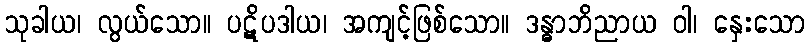
သုခါယ၊ လွယ်သော။ ပဋိပဒါယ၊ အကျင့်ဖြစ်သော။ ဒန္ဓာဘိညာယ ဝါ၊ နှေးသော